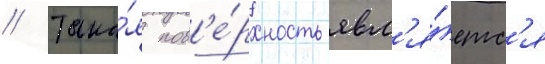
// Така́я пов'е́рхность явл'я́етс'я